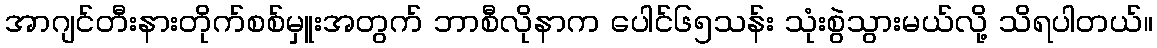
အာဂျင်တီးနားတိုက်စစ်မှူးအတွက် ဘာစီလိုနာက ပေါင်၆၅သန်း သုံးစွဲသွားမယ်လို့ သိရပါတယ်။